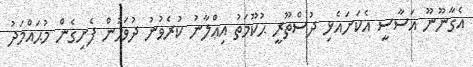
އެގާނޫނޫ އަސާސީ އެކަށައެޅި ދުސްތޫރީ ޙުކޫމަތު އިޢްލާނު ކުރެވުނު ދުވަހުން ފެށިގެން މުޙައްމަދު